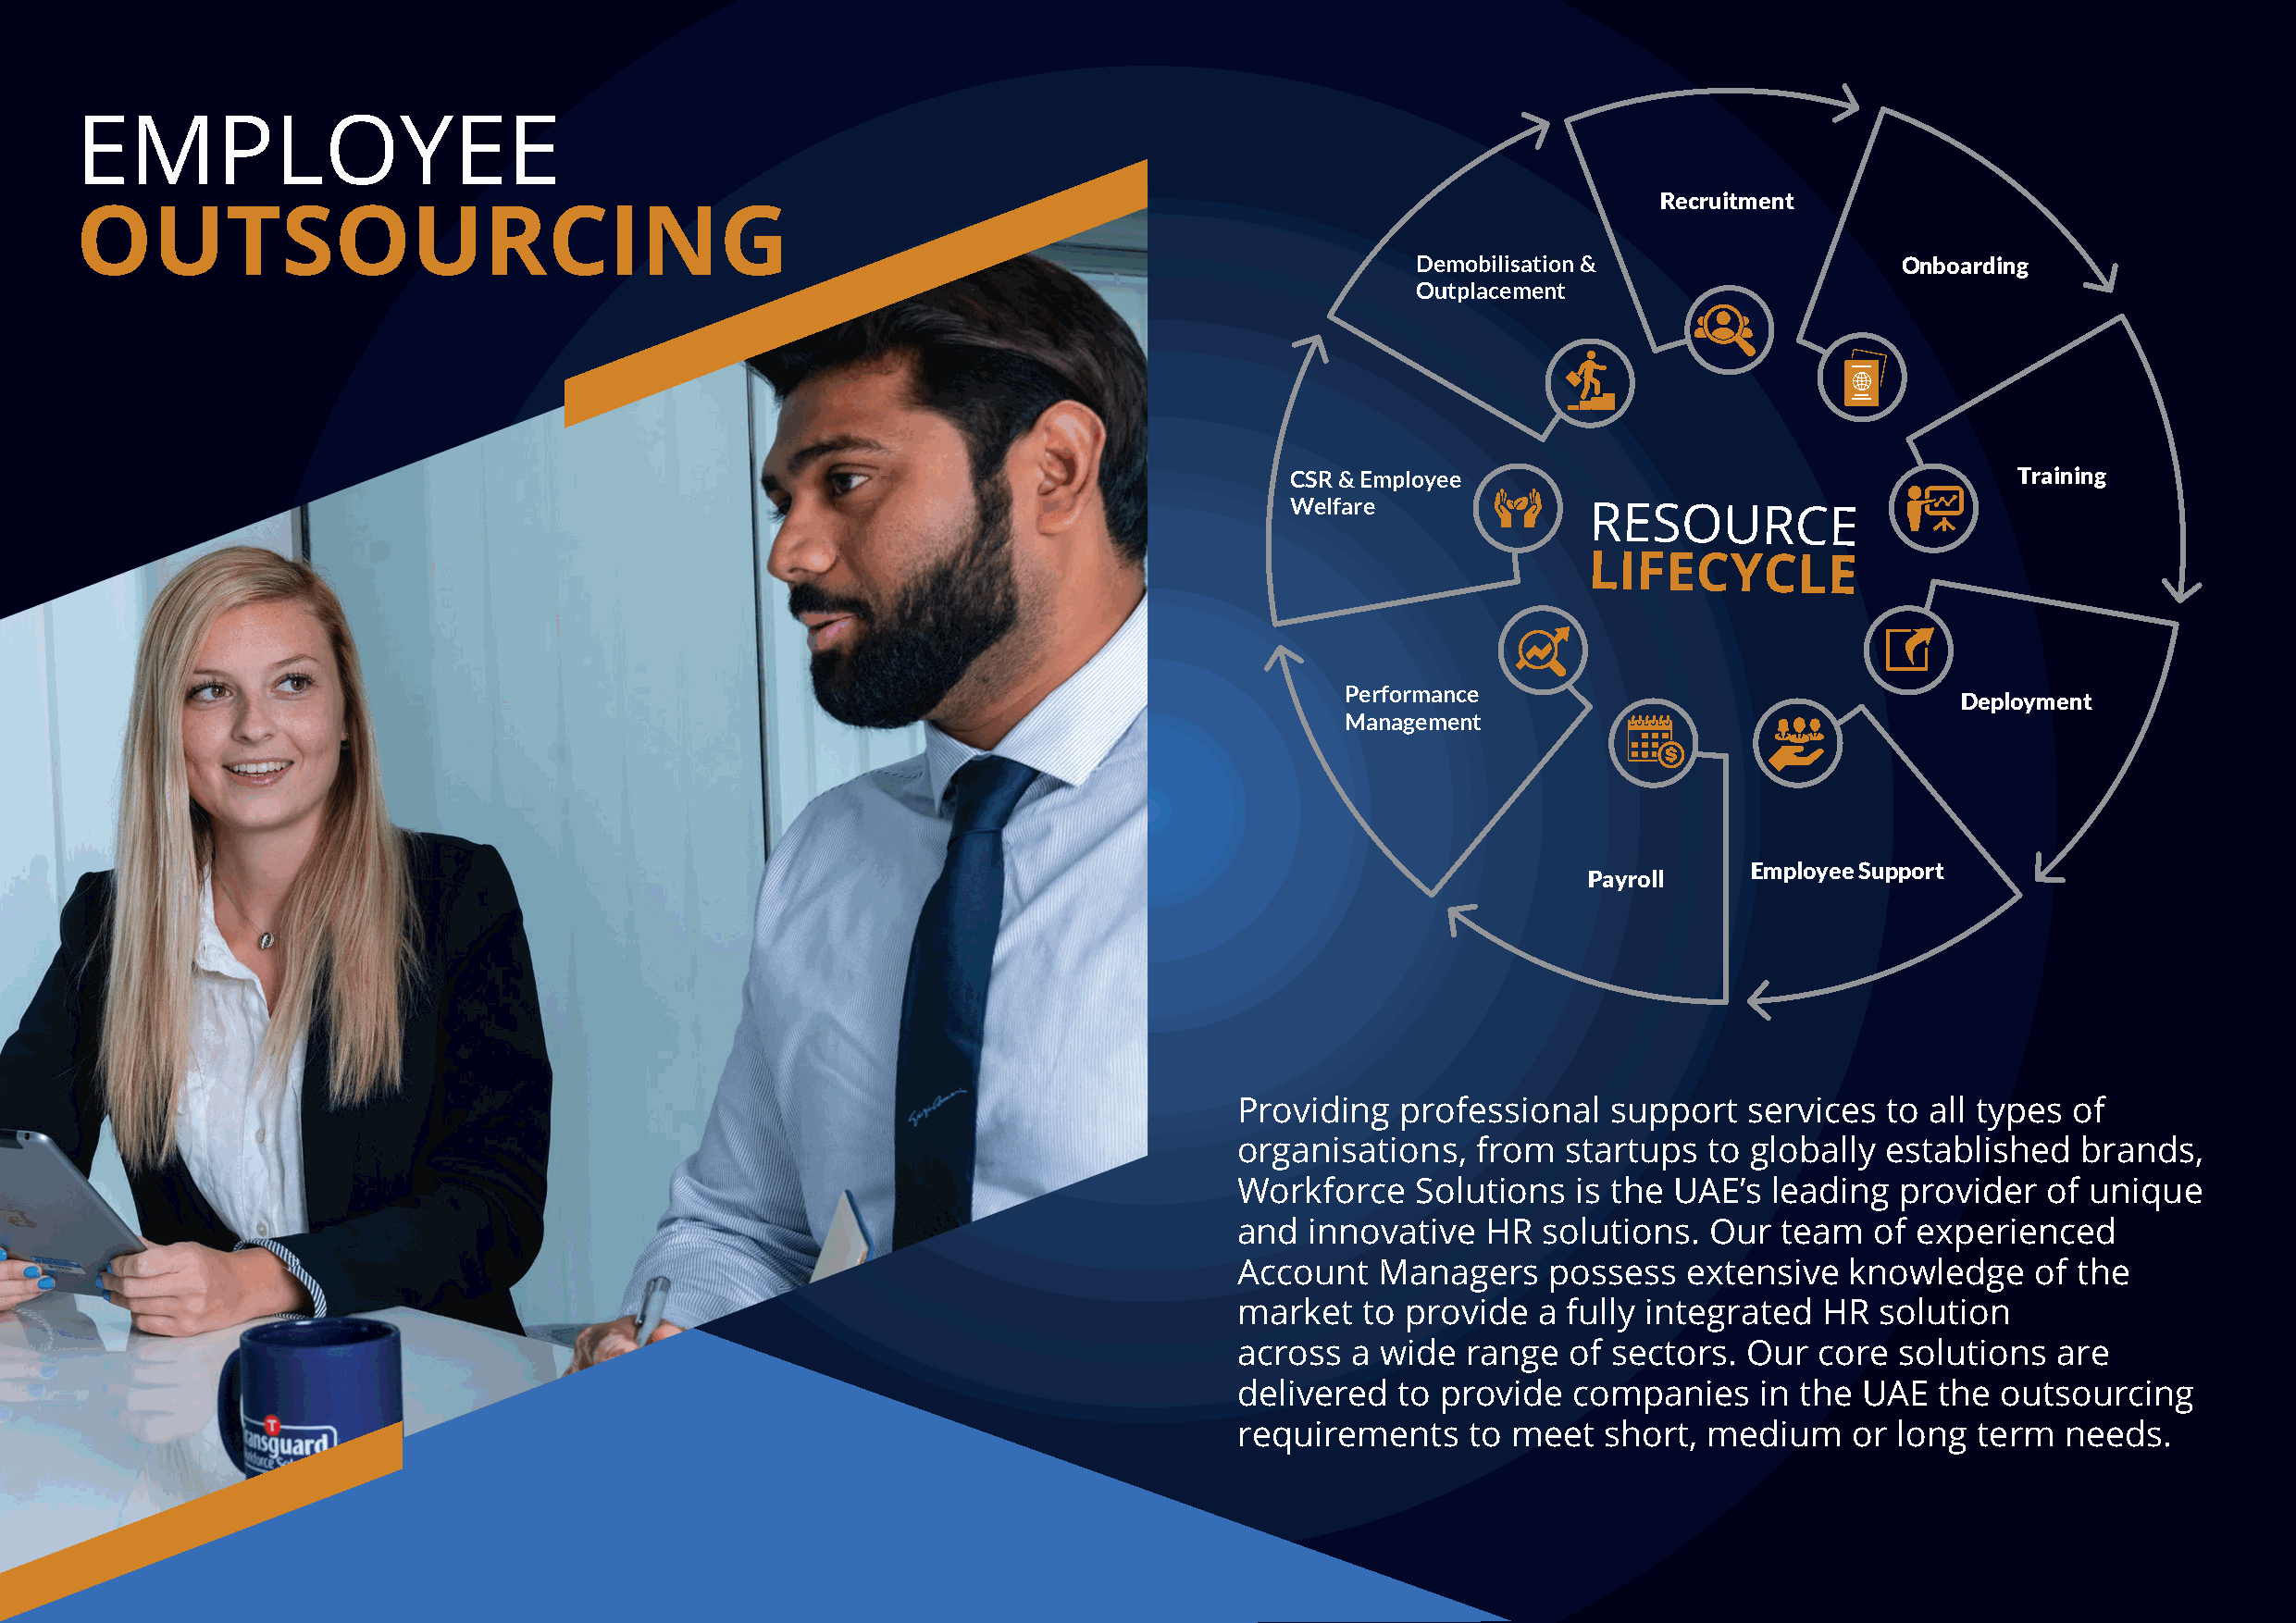
EMPLOYEE
 Recruitment
 OUTSOURCING
 Demobilisation &                   Onboarding
 Outplacement
 CSR & Employee                                      Training
 Welfare
 RESOURCE
 LIFECYCLE
 Performance
 Deployment
 Management
 Employee Support
 Payroll
 Providing  professional   support   services  to all types of
 organisations,   from  startups  to globally  established   brands,
 Workforce   Solutions   is the UAE’s  leading  provider  of unique
 and  innovative  HR  solutions.  Our  team   of experienced
 Account   Managers    possess   extensive  knowledge     of the
 market  to  provide  a fully integrated  HR  solution
 across  a wide  range  of sectors.  Our  core  solutions  are
 delivered  to provide   companies    in the UAE   the outsourcing
 requirements    to meet   short, medium     or long term   needs.